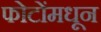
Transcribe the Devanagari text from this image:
फोटोंमधून